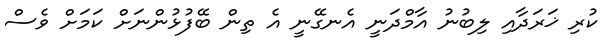
ކުރި ޚަރަދާއި ލިބުނު އާމްދަނީ އެނގޭނީ އެ ތިން ބޭފުޅުންނަށް ކަމަށް ވެސް